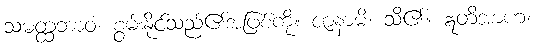
သမတ္ထဘာဝံ၊ စွမ်းနိုင်သည်၏အဖြစ်ကို။ ဇာနာမိ၊ သိ၏။ ဣတိအာဟ၊